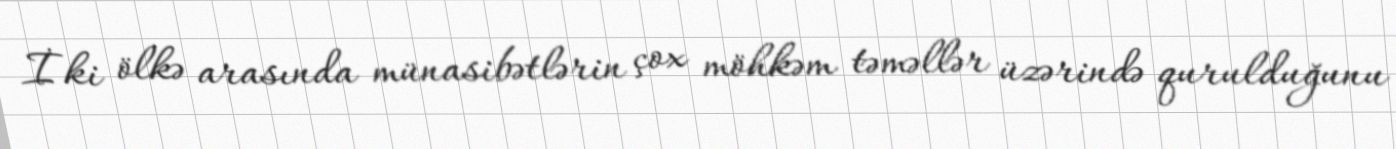
İki ölkə arasında münasibətlərin çox möhkəm təməllər üzərində qurulduğunu